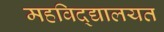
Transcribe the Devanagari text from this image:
महविद्द्यालयत